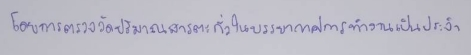
โดยการตรวจวัดปริมาณสารตะกั่วในบรรยากาศการทำงานเป็นประจำ